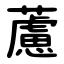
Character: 藘